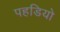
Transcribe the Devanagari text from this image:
पहडियो